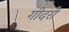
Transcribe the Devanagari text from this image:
गीदरी